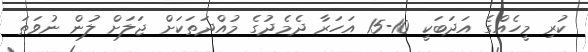
ކުރި މީހެއްގެ އަދަބަކީ 10-15 އަހަރާ ދެމެދުގެ މުއްދަތަކަށް ޖަލަށް ލުން ނުވަތަ